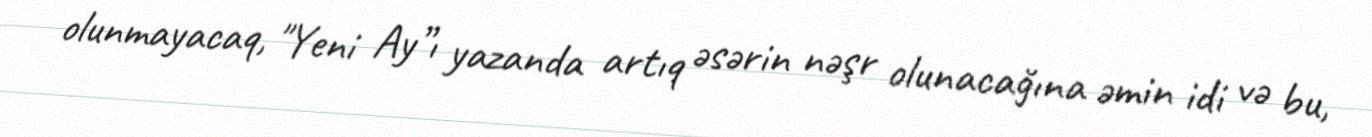
olunmayacaq, "Yeni Ay”ı yazanda artıq əsərin nəşr olunacağına əmin idi və bu,